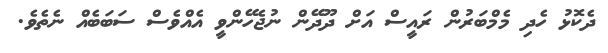
ދެކޮޅު ހެދި މެމްބަރުން ރައީސް އަށް ދޫދޭން ނުޖެހޭންވީ އެއްވެސް ސަބަބެއް ނެތެވެ.